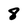
Character: 8